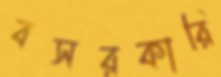
বসরকারি